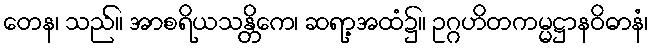
တေန၊ သည်။ အာစရိယသန္တိကေ၊ ဆရာ့အထံ၌။ ဥဂ္ဂဟိတကမ္မဋ္ဌာနဝိဓာနံ၊